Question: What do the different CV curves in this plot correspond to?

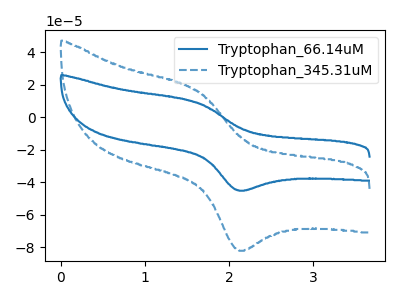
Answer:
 <answer>The blue curve is labeled "Tryptophan_66.14uM". The blue dashed curve is labeled "Tryptophan_345.31uM".</answer>
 <eval></eval>